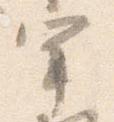
宰